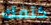
كتفك